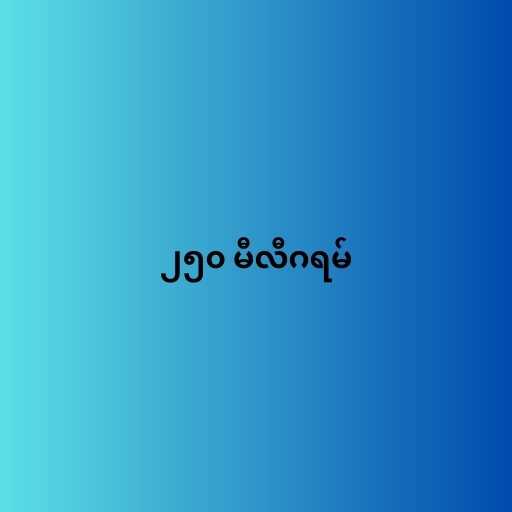
၂၅၀ မီလီဂရမ်